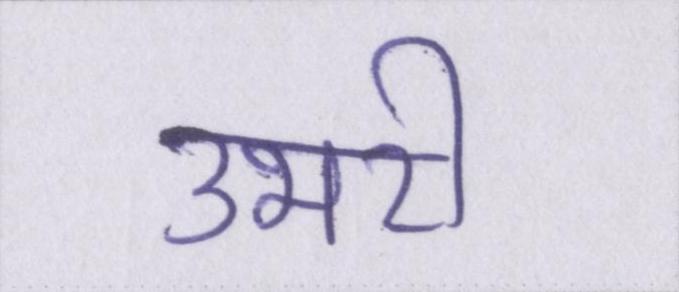
उभरी